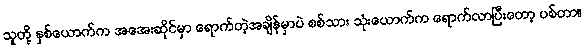
သူတို့ နှစ်ယောက်က အအေးဆိုင်မှာ ရောက်တဲ့အချိန်မှာပဲ စစ်သား သုံးယောက်က ရောက်လာပြီးတော့ ပစ်တာ။